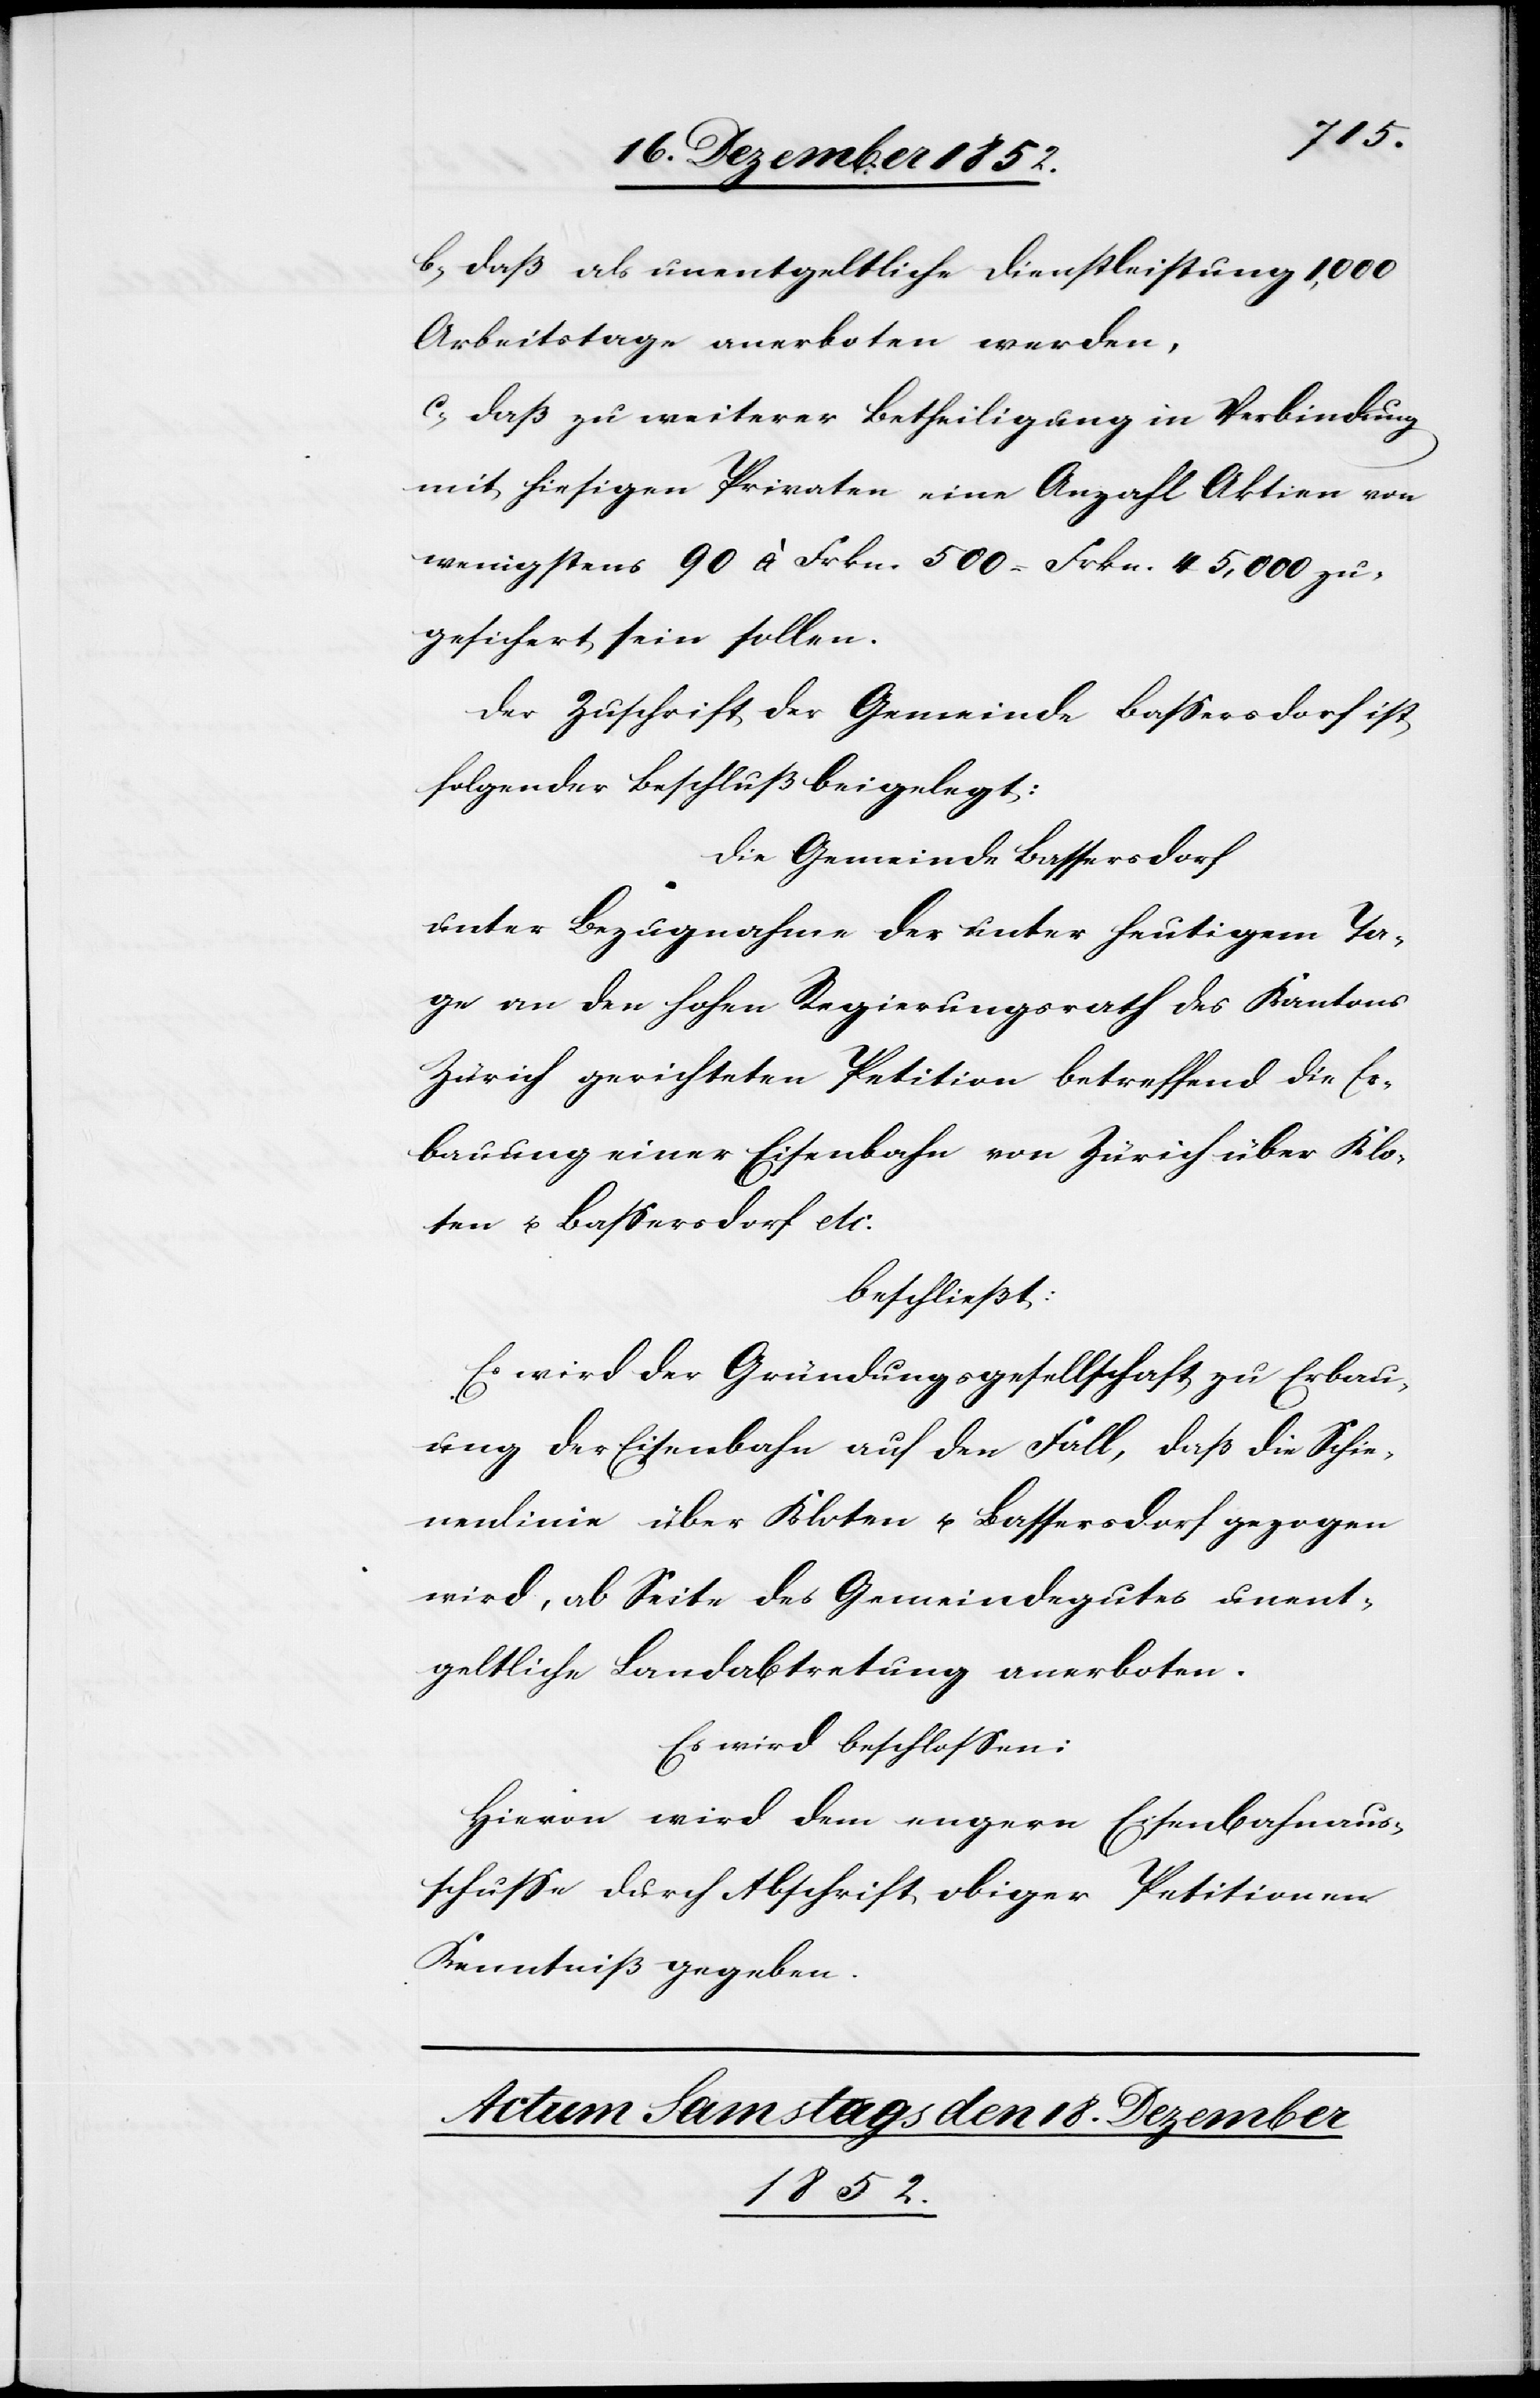
b, daß als unentgeltliche Dienstleistung 1,000
Arbeitstage anerboten werden,
c, daß zu weiterer Betheiligung in Verbindung
mit hiesigen Privaten eine Anzahl Aktien von
wenigstens 90 à Frkn. 500 = Frkn. 45,000 zu¬
gesichert sein sollen.
Der Zuschrift der Gemeinde Bassersdorf ist
folgender Beschluß beigelegt:
Die Gemeinde Bassersdorf
unter Bezugnahme der unter heutigem Ta¬
ge an den hohen Regierungsrath des Kantons
Zürich gerichteten Petition betreffend die Er¬
bauung einer Eisenbahn von Zürich über Klo¬
ten u. Bassersdorf etc:
beschließt:
Es wird der Gründungsgesellschaft zu Erbau¬
ung der Eisenbahn auf den Fall, daß die Schie¬
nenlinie über Kloten u. Bassersdorf gezogen
wird, ab Seite des Gemeindegutes unent¬
geltliche Landabtretung anerboten.
Es wird beschlossen:
Hievon wird dem engern Eisenbahnaus¬
schusse durch Abschrift obiger Petitionen
Kenntniß gegeben.